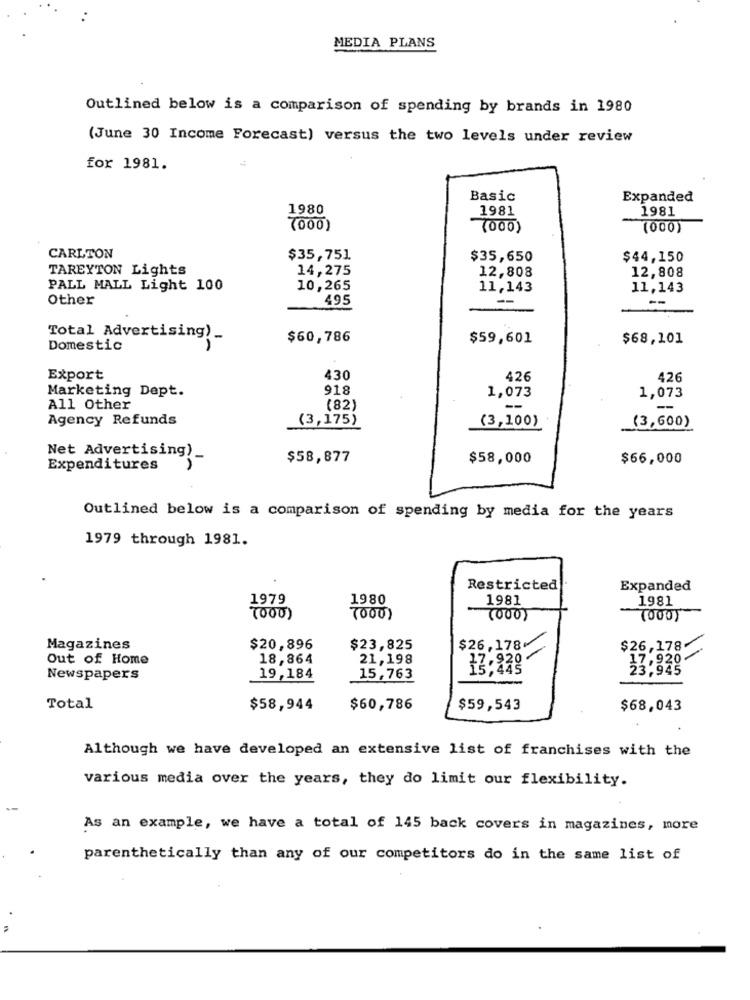
MEDIA PLANS
Outlined below is a comparison of spending by brands in 1980
(June 30 Income Forecast) versus the two levels under review
for 1981.
Basic
Expanded
1980
1981
1981
(000)
(000)
(000)
CARLTON
$35,751
$35,650
$44,150
TAREYTON Lights
14,275
12,808
12,808
PALL MALL Light 100
10,265
11,143
11,143
Other
495
--
--
Total Advertising)
$60,786
$59,601
$68,101
Domestic
Export
430
426
426
Marketing Dept.
918
1,073
1,073
All Other
(82)
--
Agency Refunds
(3,175)
(3,100)
(3,600)
Net Advertising).
$58,877
$58,000
$66,000
Expenditures
Outlined below is a comparison of spending by media for the years
1979 through 1981.
Restricted
Expanded
1979
1980
1981
1981
(000)
7000)
(000)
(000)
Magazines
$20,896
$23,825
$26, 178
$26,178.
Out of Home
18,864
21,198
17.920
17,920
15,445
23.945
Newspapers
19,184
15,763
Total
$58,944
$60,786
$59,543
$68,043
Although we have developed an extensive list of franchises with the
various media over the years, they do limit our flexibility.
As an example, we have a total of 145 back covers in magazines, more
parenthetically than any of our competitors do in the same list of